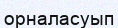
орналасуып